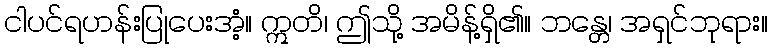
ငါပင်ရဟန်းပြုပေးအံ့။ ဣတိ၊ ဤသို့ အမိန့်ရှိ၏။ ဘန္တေ၊ အရှင်ဘုရား။